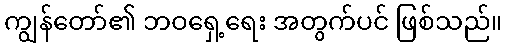
ကျွန်တော်၏ ဘဝရှေ့ရေး အတွက်ပင် ဖြစ်သည်။